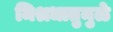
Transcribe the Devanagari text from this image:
मिश्रधातुमुळे